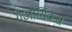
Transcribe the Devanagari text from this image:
गेओर्गिक्स